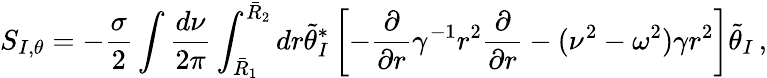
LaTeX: S_{I,\theta}=-\frac{\sigma}{2}\int\frac{d\nu}{2\pi}\int_{\bar{R}_{1}}^{\bar{R}_{2}}dr\tilde{\theta}_{I}^{*}\left[-\frac{\partial}{\partial r}\gamma^{-1}r^{2}\frac{\partial}{\partial r}-(\nu^{2}-\omega^{2})\gamma r^{2}\right]\tilde{\theta}_{I}\, ,